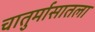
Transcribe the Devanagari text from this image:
चातुर्मासातला